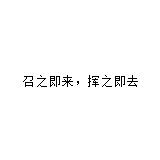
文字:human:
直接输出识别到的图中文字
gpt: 召之即来，挥之即去